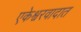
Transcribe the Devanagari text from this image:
एकेश्वरवादात